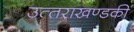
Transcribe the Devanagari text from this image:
उत्‍तराखण्‍डकी